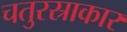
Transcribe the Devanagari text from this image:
चतुरस्राकार